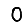
Digit: 0